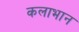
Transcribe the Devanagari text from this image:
कलाभान